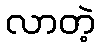
လာတဲ့